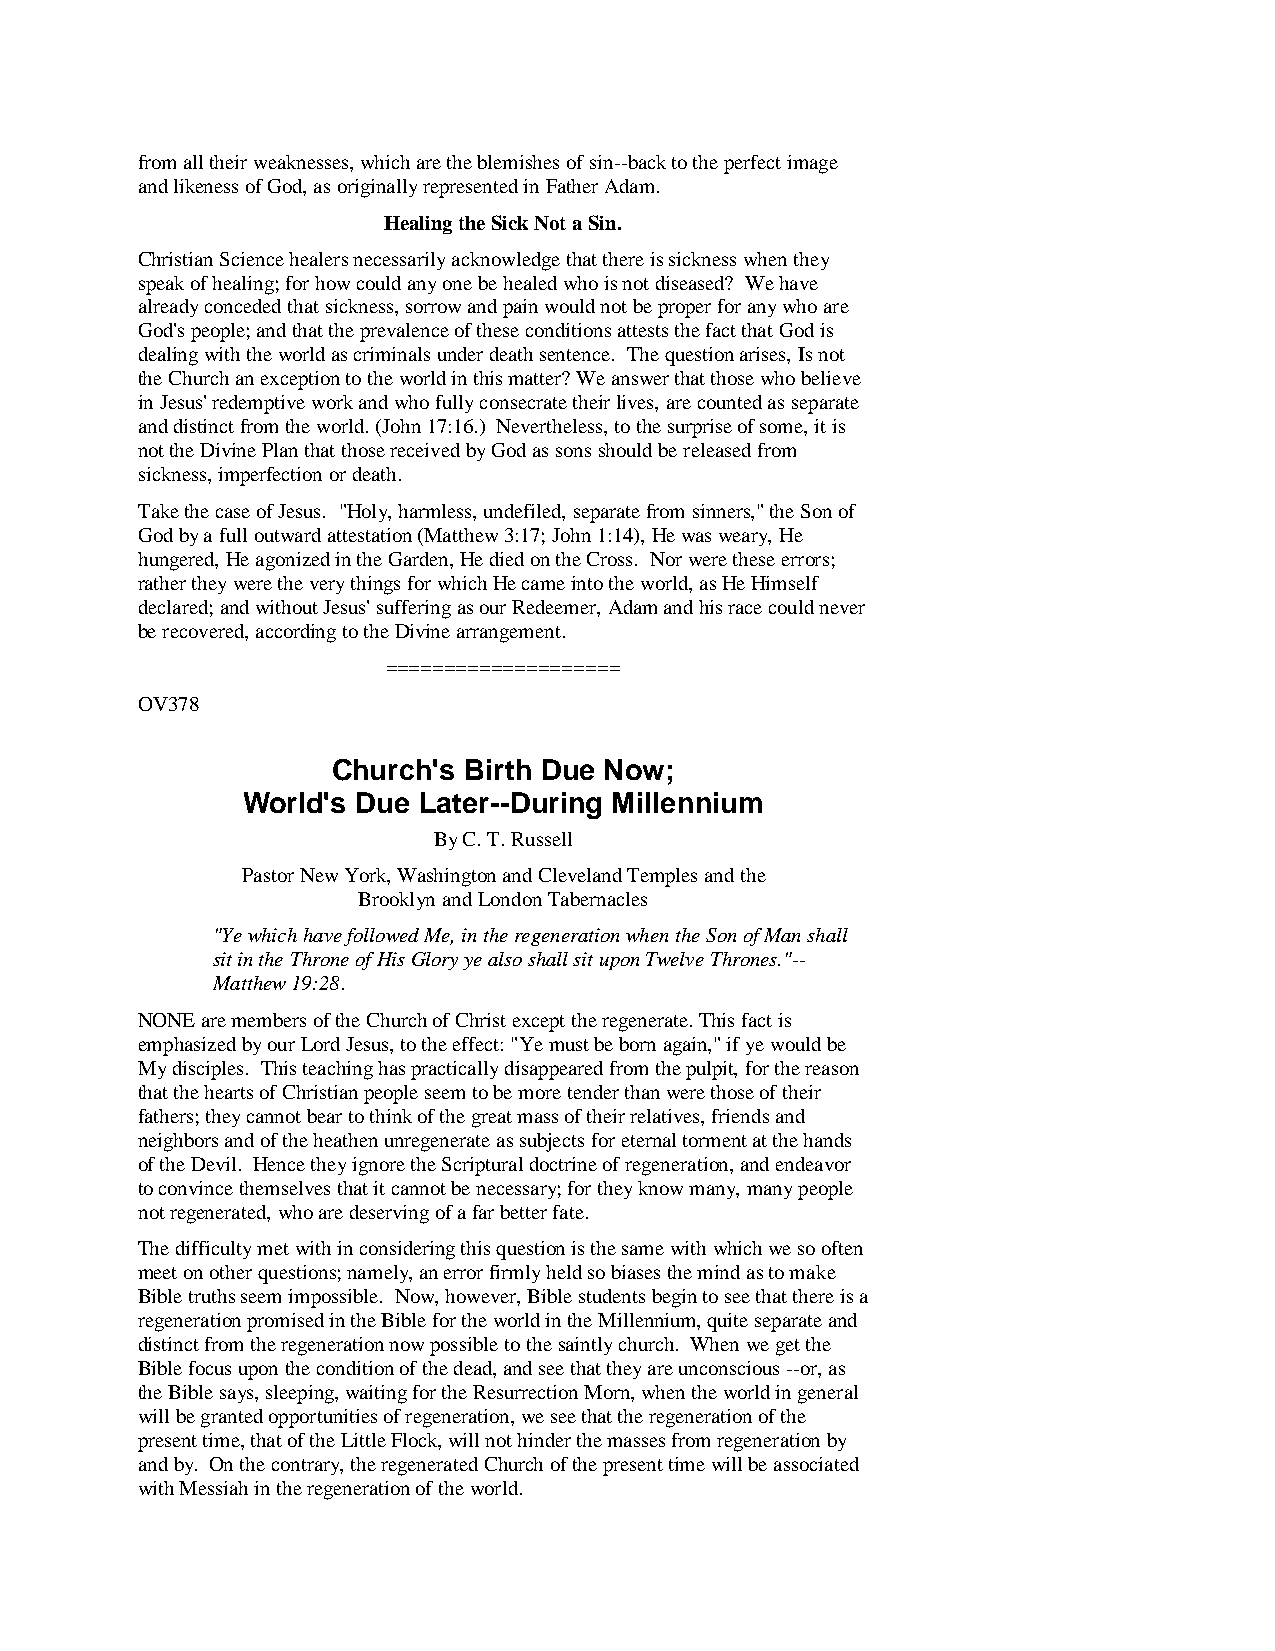
from all their weaknesses, which are the blemishes of sin--back to the perfect image
 and likeness of God, as originally represented in Father Adam.
 Healing the Sick Not a Sin.
 Christian Science healers necessarily acknowledge that there is sickness when they
 speak of healing; for how could any one be healed who is not diseased? We have
 already conceded that sickness, sorrow and pain would not be proper for any who are
 God's people; and that the prevalence of these conditions attests the fact that God is
 dealing with the world as criminals under death sentence. The question arises, Is not
 the Church an exception to the world in this matter? We answer that those who believe
 in Jesus' redemptive work and who fully consecrate their lives, are counted as separate
 and distinct from the world. (John 17:16.) Nevertheless, to the surprise of some, it is
 not the Divine Plan that those received by God as sons should be released from
 sickness, imperfection or death.
 Take the case of Jesus. "Holy, harmless, undefiled, separate from sinners," the Son of
 God by a full outward attestation (Matthew 3:17; John 1:14), He was weary, He
 hungered, He agonized in the Garden, He died on the Cross. Nor were these errors;
 rather they were the very things for which He came into the world, as He Himself
 declared; and without Jesus' suffering as our Redeemer, Adam and his race could never
 be recovered, according to the Divine arrangement.
 ====================
 OV378
 Church's Birth Due Now;
 World's Due Later--During Millennium
 By C. T. Russell
 Pastor New York, Washington and Cleveland Temples and the
 Brooklyn and London Tabernacles
 "Ye which have followed Me, in the regeneration when the Son of Man shall
 sit in the Throne of His Glory ye also shall sit upon Twelve Thrones."--
 Matthew 19:28.
 NONE are members of the Church of Christ except the regenerate. This fact is
 emphasized by our Lord Jesus, to the effect: "Ye must be born again," if ye would be
 My disciples. This teaching has practically disappeared from the pulpit, for the reason
 that the hearts of Christian people seem to be more tender than were those of their
 fathers; they cannot bear to think of the great mass of their relatives, friends and
 neighbors and of the heathen unregenerate as subjects for eternal torment at the hands
 of the Devil. Hence they ignore the Scriptural doctrine of regeneration, and endeavor
 to convince themselves that it cannot be necessary; for they know many, many people
 not regenerated, who are deserving of a far better fate.
 The difficulty met with in considering this question is the same with which we so often
 meet on other questions; namely, an error firmly held so biases the mind as to make
 Bible truths seem impossible. Now, however, Bible students begin to see that there is a
 regeneration promised in the Bible for the world in the Millennium, quite separate and
 distinct from the regeneration now possible to the saintly church. When we get the
 Bible focus upon the condition of the dead, and see that they are unconscious --or, as
 the Bible says, sleeping, waiting for the Resurrection Morn, when the world in general
 will be granted opportunities of regeneration, we see that the regeneration of the
 present time, that of the Little Flock, will not hinder the masses from regeneration by
 and by. On the contrary, the regenerated Church of the present time will be associated
 with Messiah in the regeneration of the world.